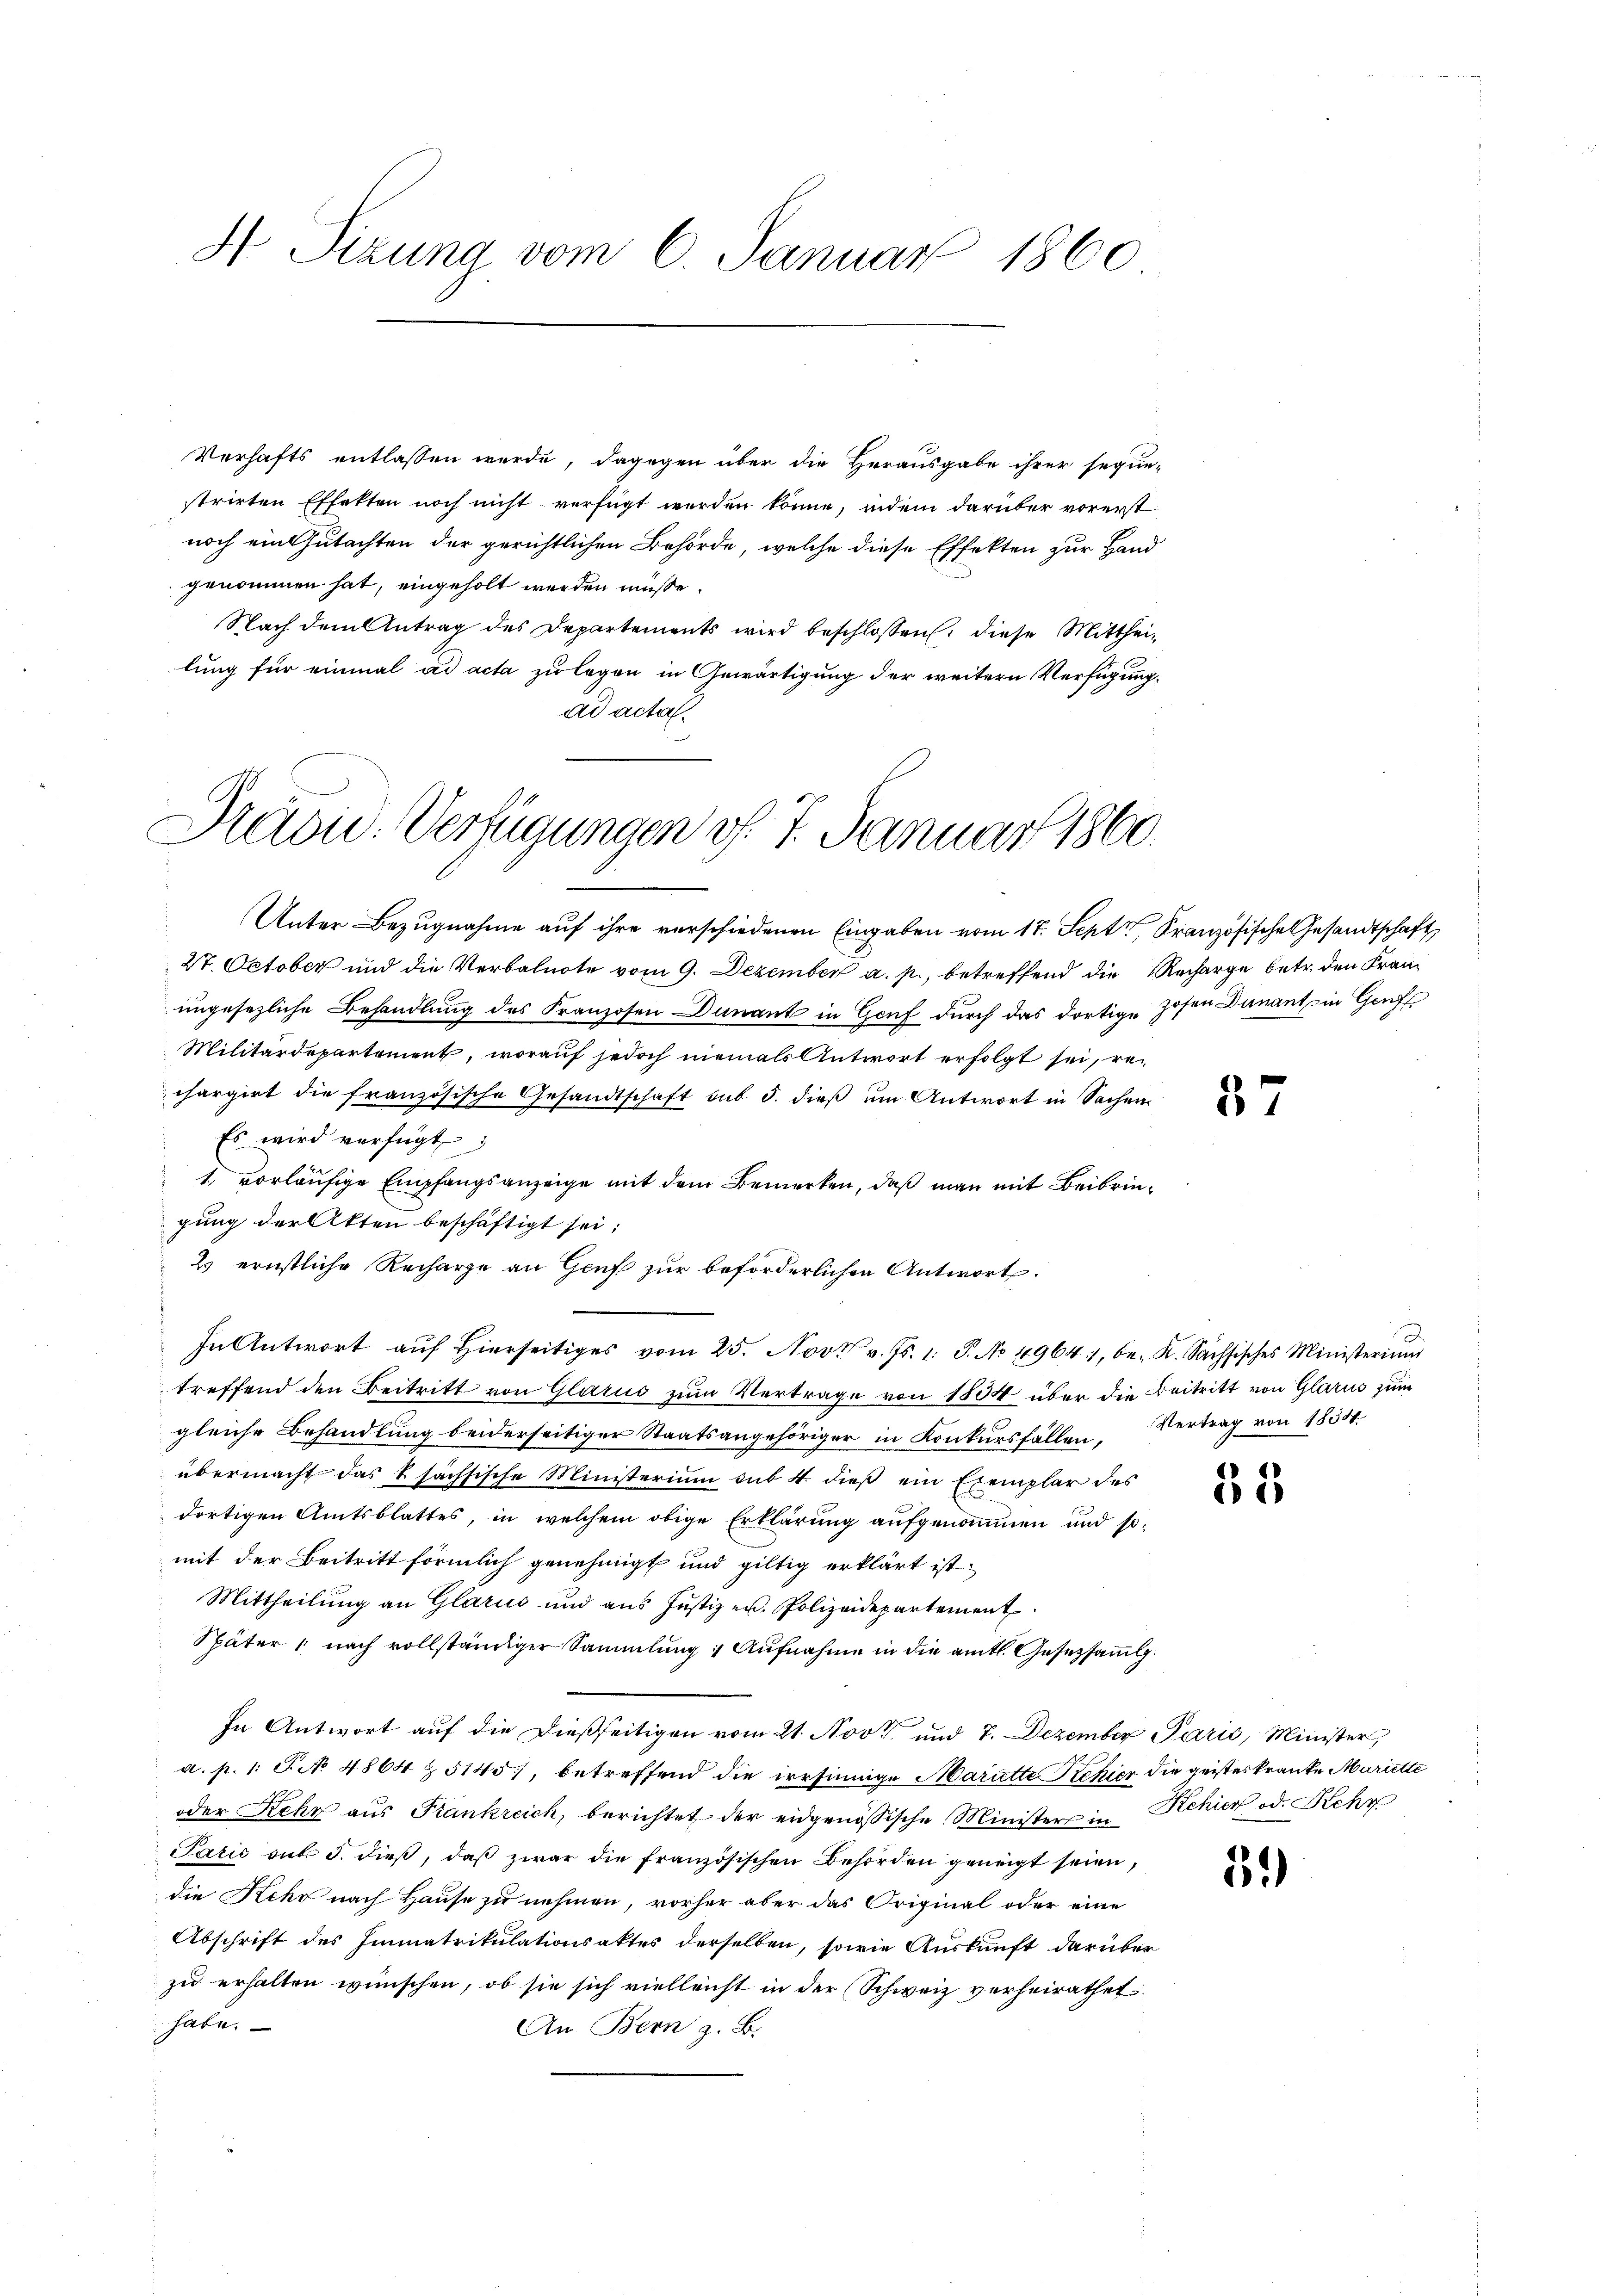
H Sizung vom 6. Januar 1860

Verhafts entlassen wurde, dagegen über die Herausgabe ihrer seguestrirten Effekten noch nicht verfügt werden könne, indem darüber vorerst
noch ein Gutachten der gerichtlichen Behörde, welche diese Effekten zur Hand
genommen hat, eingeholt werden müsse.
Nach dem Antrag des Departements wird beschlossen: diese Mittheilung für einmal ad acta zu legen in Gewärtigung der weitern Verfügung,
ad actat

Draou. Verfügungen v. 7. Januar 1860.

Unter Bezugnahme auf ihre verschiedenen Eingaben vom 17. Sept Französische Gesandtschaft
27. October und die Verbalnote vom 9. Dezember a. p., betreffend die Recharge betr. den Franz
ungesezliche Behandlung des Franzosen Dunant in Genf durch das dortige Hosen Dunant in Genf
Militärdepartement, worauf jedoch niemals Antwort erfolgt sei, rechargirt die französische Gesandtschaft sub 5. dieß um Antwort in Sachen
Es wird verfügt:
1. vorläufige Empfangsanzeige mit dem Bemerken, daß man mit Beibringung der Akten beschäftigt sei;
2 ernstliche Recharge an Genf zur beförderlichen Antwort.
In Antwort auf Hierseitiges vom 25. Nov. v. Js. 1. P. No 4964, be- K. Sächsisches Ministerium
treffend den Beitritt von Glarus zum Vertrage von 1804 über die Beitritt von Glarus zum
gleiche Behandlung beiderseitiger Staatsangehöriger in Konkursfällen, Vertrag von 1834.
übermacht das u sächsische Ministerium sub 4 dieβ ein Exemplar des
dortigen Amtsblattes, in welchem obige Erklärung aufgenommen und somit der Beitritt förmlich genehmigt und giltig erklärt ist.
Mittheilŭng an Glarus und aus Jŭstiz u. Polizeidepartement
Später " nach vollständiger Sammlung : Aufnahme in die amtl. Gesetzsamlg.
In Antwort auf die dießseitigen vom 21. Nov. und 7. Dezember Paris, Minister,
a. p. 1. P. No 4864 § 5145), betreffend die irrsinnige Mariette Schier die geisteskranke Mariette
oder Kehr aus Frankreich, berichtet der eidgenössische Minister in Schier od. Kehr
Pačić auf 5. dieβ, daβ zwar die französischen Behörden geneigt seien,
die Kehr nach Hause zu nehmen, vorher aber das Original oder eine
Abschrift des Immatrikulationsaktes derselben, sowie Auskunft darüber
zu erhalten wünschen, ob sie sich vielleicht in der Schweiz verheirathet
habe.
An Bern z. B.

37

55

59)